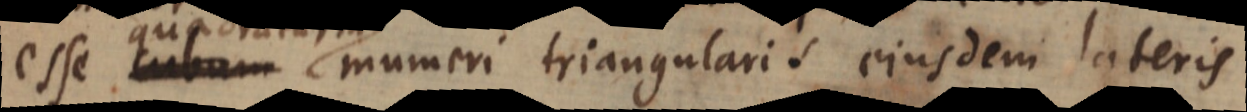
esse cubum numeri triangularis ejusdem lateris